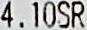
4.10SR